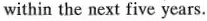
within the next five years.